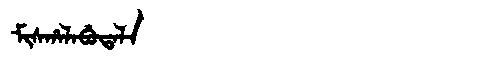
Manchu: ᠮᡳᠰᡥᠠᠯᠠᠪᡠᡨᠠᠯᠠ
Romanization: MISHALABUTALA